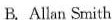
B. Allan Smith